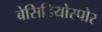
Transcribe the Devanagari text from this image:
बेसिडियोस्पोर